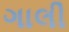
ગાલી